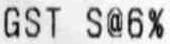
GST S@6%